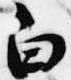
白